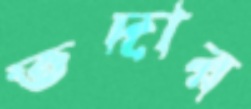
তদার